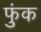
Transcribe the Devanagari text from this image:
फुंक